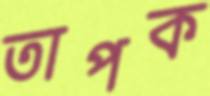
তাপক